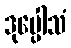
ဒုပ္ပေါသံ